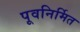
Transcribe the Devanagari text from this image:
पूवनिर्मित